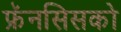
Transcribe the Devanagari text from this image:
फ्रॅनसिसको